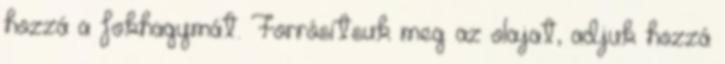
hozzá a fokhagymát. Forrósítsuk meg az olajat, adjuk hozzá